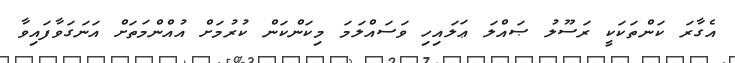
އެގާރަ ކަންތަކަކީ ރަސޫލު ޞައްލަ ޢަލައިހި ވަސައްލަމަ މިކަންކަން ކުރުމަށް އުއްންމަތަށް އަނަގަވާފައިވާ